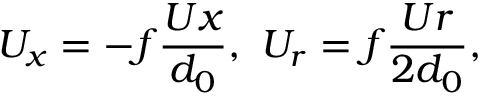
U _ { x } = - f \frac { U x } { d _ { 0 } } , ~ U _ { r } = f \frac { U r } { 2 d _ { 0 } } ,